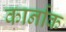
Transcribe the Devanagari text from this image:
कार्नाक